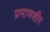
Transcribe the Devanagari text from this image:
प्रमाणशीर